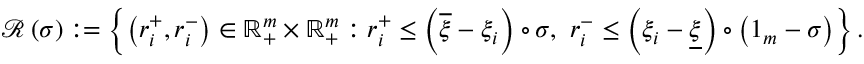
\begin{array} { r l } & { { \mathcal R } \left( \sigma \right) : = \left\{ \left( r _ { i } ^ { + } , r _ { i } ^ { - } \right) \in { \mathbb R } _ { + } ^ { m } \times { \mathbb R } _ { + } ^ { m } : r _ { i } ^ { + } \leq \left( \overline { { \xi } } - \xi _ { i } \right) \circ \sigma , \ r _ { i } ^ { - } \leq \left( \xi _ { i } - \underline { { \xi } } \right) \circ \left( 1 _ { m } - \sigma \right) \right\} . } \end{array}